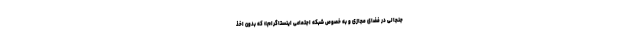
جنجالی در فضای مجازی و به خصوص شبکه اجتماعی اینستاگرام» که بدون اخذ